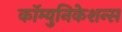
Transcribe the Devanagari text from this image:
कॉम्युनिकेशन्स